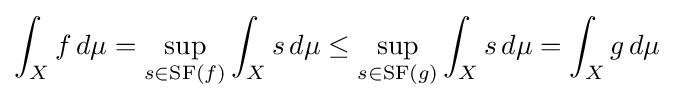
\int _{X}f\,d\mu =\sup _{s\in {\rm {SF}}(f)}\int _{X}s\,d\mu \leq \sup _{s\in {\rm {SF}}(g)}\int _{X}s\,d\mu =\int _{X}g\,d\mu